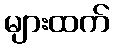
များထက်